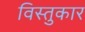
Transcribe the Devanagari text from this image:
विस्तुकार